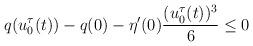
LaTeX: \begin{align*}q(u^\tau_0(t))-q(0)-\eta'(0)\frac{(u_0^\tau(t))^3}{6}\le 0\end{align*}